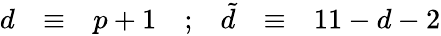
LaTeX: \begin{array}{ccccccc}{{d}}&{{\equiv}}&{{p+1}}&{{;}}&{{{\tilde{d}}}}&{{\equiv}}&{{11-d-2}}\end{array}